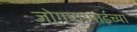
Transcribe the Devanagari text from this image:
जोगणामाईच्या